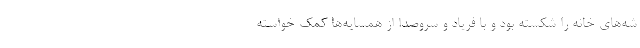
شه‌های خانه را شکسته بود و با فریاد و سروصدا از همسایه‌ها کمک خواسته